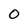
Character: o